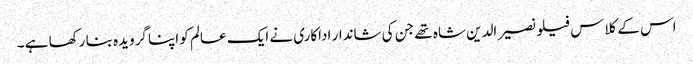
اس کے کلاس فیلو نصیر الدین شاہ تھے جن کی شاندار اداکاری نے ایک عالم کو اپنا گرویدہ بنا رکھا ہے ۔